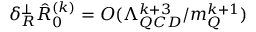
\delta _ { R } ^ { \perp } \hat { R } _ { 0 } ^ { ( k ) } = { \cal O } ( \Lambda _ { Q C D } ^ { k + 3 } / m _ { Q } ^ { k + 1 } )